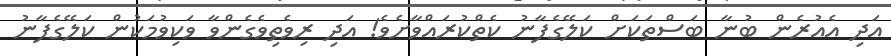
އަދި އެއުރެން ބުނާ ބަސްތަކަށް ކަލޭގެފާނު ކެތްކުރައްވާށެވެ! އަދި ރިވެތިވެގެންވާ ވަކިވުމަކުން ކަލޭގެފާނު